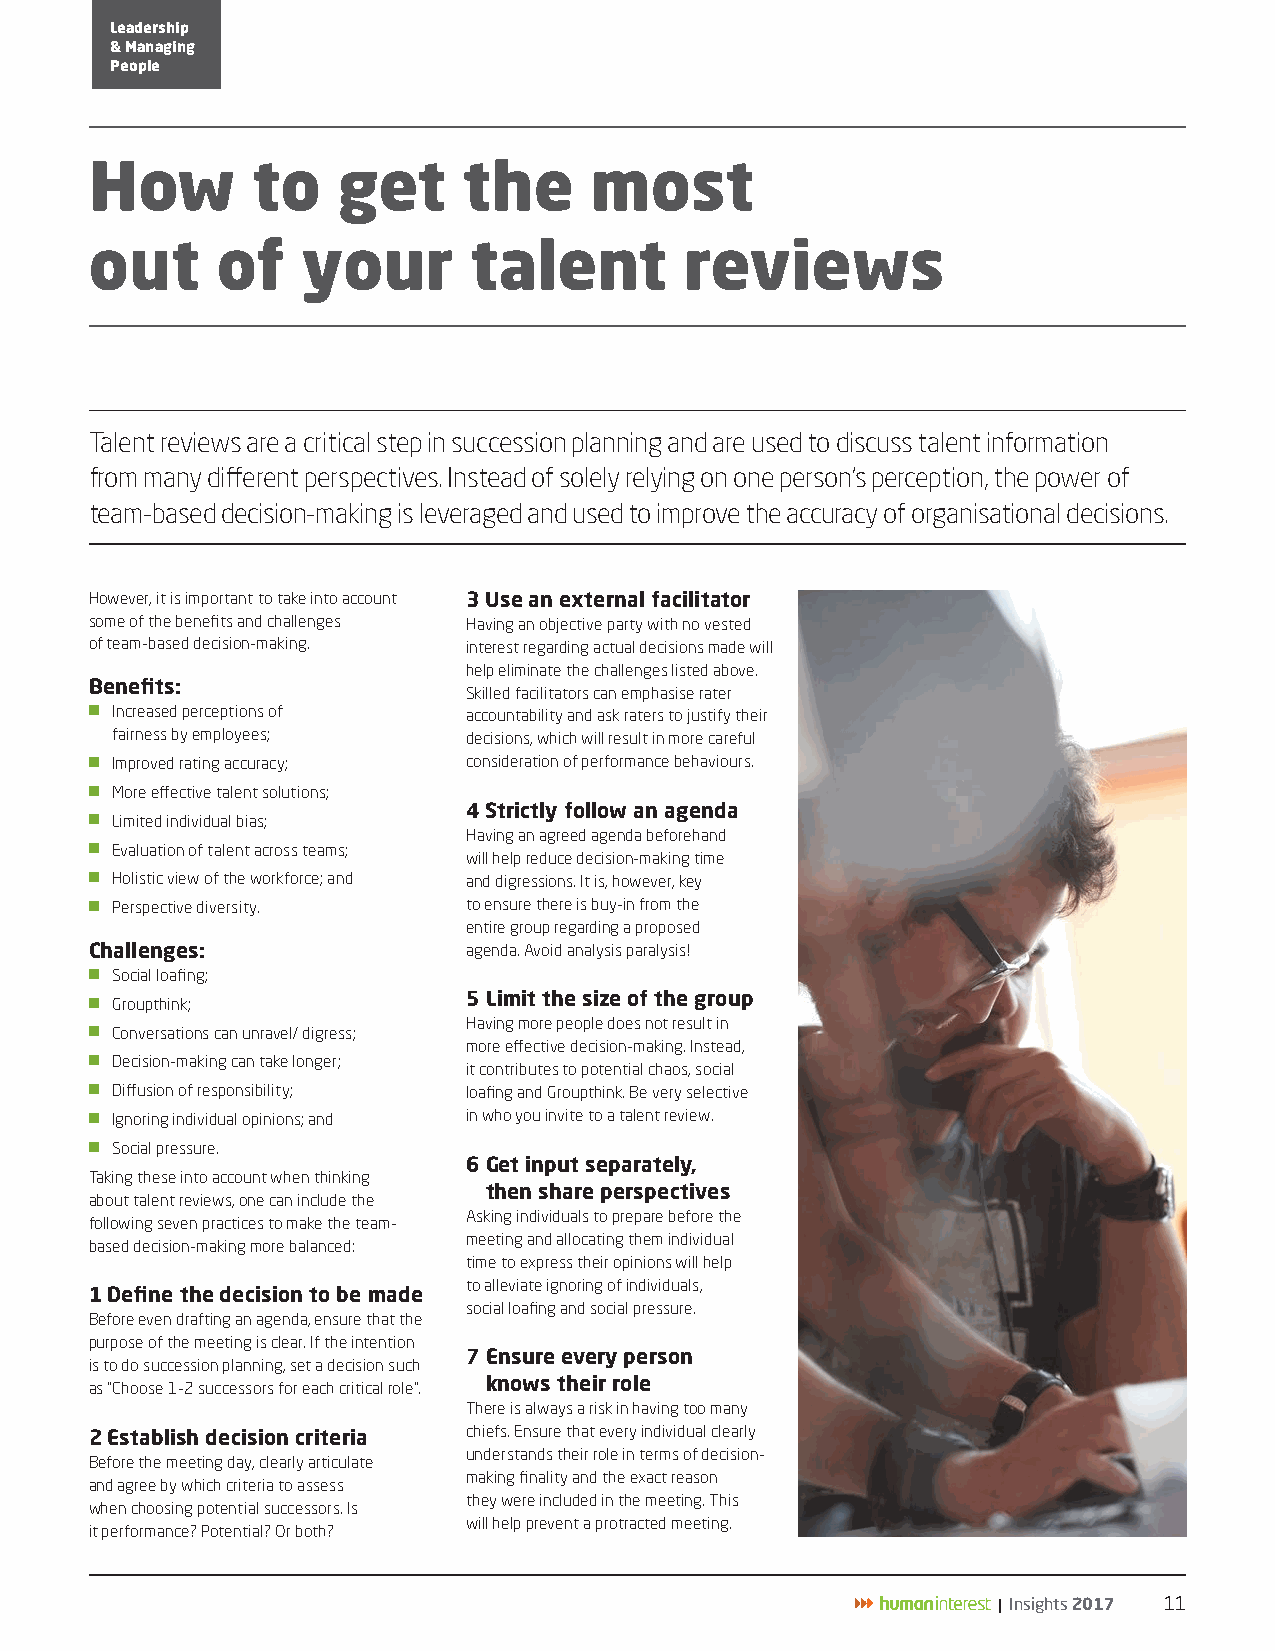
Leadership
 & Managing
 People
 How        to   get      the     most
 out     of    your       talent        reviews
 Talent reviews are a critical step in succession planning and are used to discuss talent information
 from many different perspectives. Instead of solely relying on one person’s perception, the power of
 team-based decision-making is leveraged and used to improve the accuracy of organisational decisions.
 However, it is important to take into account 3 Use an external facilitator
 some of the benefits and challenges Having an objective party with no vested
 of team-based decision-making. interest regarding actual decisions made will
 help eliminate the challenges listed above.
 Benefits:
 Skilled facilitators can emphasise rater
 JJ Increased perceptions of accountability and ask raters to justify their
 fairness by employees;  decisions, which will result in more careful
 JJ Improved rating accuracy; consideration of performance behaviours.
 JJ More effective talent solutions;
 4 Strictly follow an agenda
 JJ Limited individual bias;
 Having an agreed agenda beforehand
 JJ Evaluation of talent across teams;
 will help reduce decision-making time
 JJ Holistic view of the workforce; and and digressions. It is, however, key
 JJ Perspective diversity. to ensure there is buy-in from the
 entire group regarding a proposed
 Challenges:              agenda. Avoid analysis paralysis!
 JJ Social loafing;
 5 Limit the size of the group
 JJ Groupthink;
 Having more people does not result in
 JJ Conversations can unravel/ digress;
 more effective decision-making. Instead,
 JJ Decision-making can take longer;
 it contributes to potential chaos, social
 JJ Diffusion of responsibility; loafing and Groupthink. Be very selective
 JJ Ignoring individual opinions; and in who you invite to a talent review.
 JJ Social pressure.
 6 Get input separately,
 Taking these into account when thinking
 then share perspectives
 about talent reviews, one can include the
 Asking individuals to prepare before the
 following seven practices to make the team-
 meeting and allocating them individual
 based decision-making more balanced:
 time to express their opinions will help
 to alleviate ignoring of individuals,
 1 Define the decision to be made
 social loafing and social pressure.
 Before even drafting an agenda, ensure that the
 purpose of the meeting is clear. If the intention
 7 Ensure every person
 is to do succession planning, set a decision such
 as “Choose 1-2 successors for each critical role”. knows their role
 There is always a risk in having too many
 2 Establish decision criteria chiefs. Ensure that every individual clearly
 understands their role in terms of decision-
 Before the meeting day, clearly articulate
 making finality and the exact reason
 and agree by which criteria to assess
 they were included in the meeting. This
 when choosing potential successors. Is
 will help prevent a protracted meeting.
 it performance? Potential? Or both?
 | Insights 2017 11